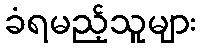
ခံရမည့်သူများ